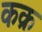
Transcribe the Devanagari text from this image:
कक्र